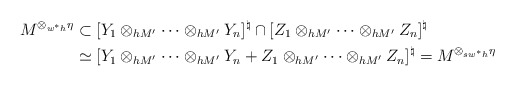
\begin{align*}M^{\otimes_{w^*h}\eta}&\subset[Y_1\otimes_{h M'}\cdots \otimes_{h M'} Y_n]^{\natural }\cap [Z_1\otimes_{h M'}\cdots \otimes_{h M'} Z_n]^{\natural }\\&\simeq [Y_1\otimes_{h M'}\cdots \otimes_{h M'} Y_n+Z_1\otimes_{h M'}\cdots \otimes_{h M'} Z_n]^{\natural }=M^{\otimes_{sw^*h}\eta}\end{align*}